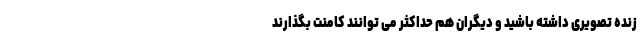
زنده تصویری داشته باشید و دیگران هم حداکثر می توانند کامنت بگذارند